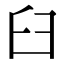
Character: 臼